Vaccination United Provinces of Agra and Oudh 1914-1922 - 1914-1922
Year: 1914
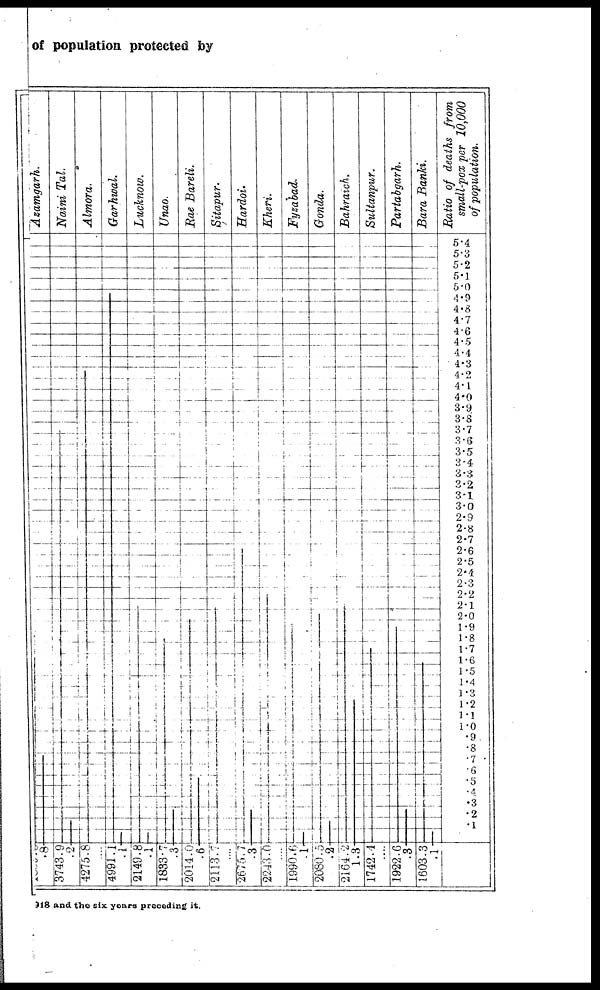
of population protected by
918 and the six years preceding it.